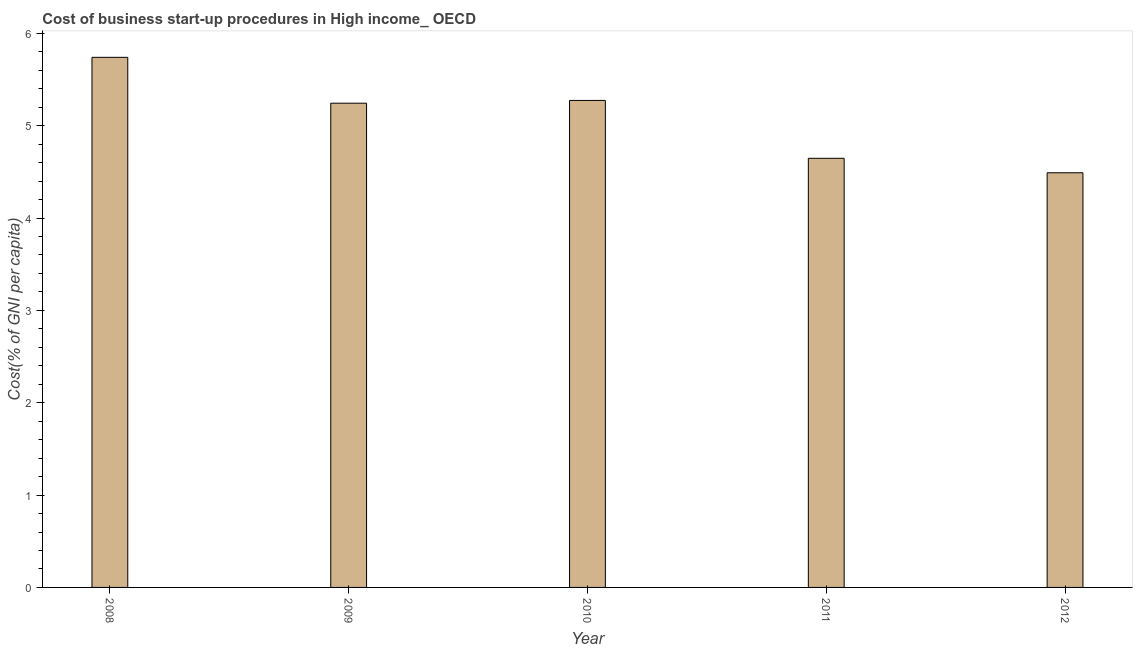
| Year | Cost |
 | --- | --- |
 | 2008 | 5.74 |
 | 2009 | 5.24 |
 | 2010 | 5.27 |
 | 2011 | 4.65 |
 | 2012 | 4.49 |